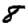
Digit: 8